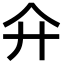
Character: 𢌯